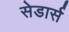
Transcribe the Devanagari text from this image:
सेडार्स